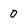
Character: 0